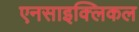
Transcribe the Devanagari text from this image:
एनसाइक्लिकल